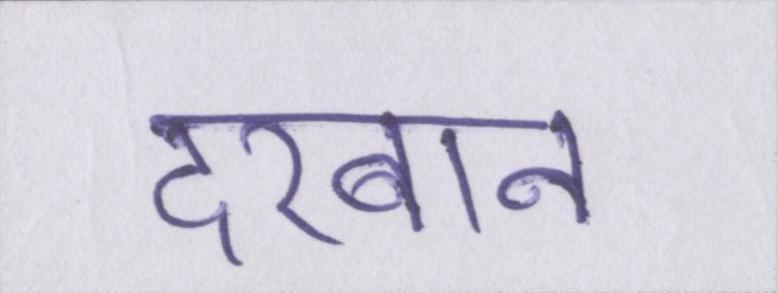
दरबान